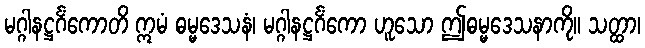
မဂ္ဂါနဋ္ဌင်္ဂံကောတိ ဣမံ ဓမ္မဒေသနံ၊ မဂ္ဂါနဋ္ဌင်္ဂံကော ဟူသော ဤဓမ္မဒေသနာကို။ သတ္ထာ၊